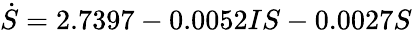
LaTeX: \dot{S}=2.7397-0.0052IS-0.0027S